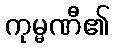
ကုမ္မဏီ၏